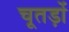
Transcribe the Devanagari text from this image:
चूतड़ों